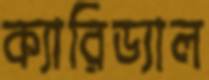
ক্যারিড্যাল